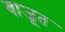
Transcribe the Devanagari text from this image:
बाजूत